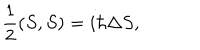
{ \frac { 1 } { 2 } } ( S , S ) = i \hbar \Delta S ,